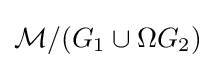
{\mathcal {M}}/(G_{1}\cup \Omega G_{2})